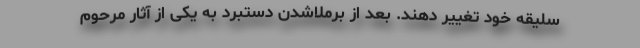
سلیقه خود تغییر دهند. بعد از برملا‌شدن دستبرد به یکی از آثار مرحوم